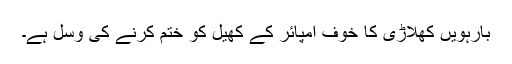
بارہویں کھلاڑی کا خوف امپائر کے کھیل کو ختم کرنے کی وسل ہے۔